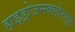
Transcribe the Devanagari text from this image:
हाइड्रोजनक्लोराइड